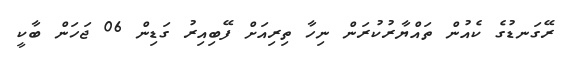
ރޭގަނޑުގެ ކެއުން ތައްޔާރުކުރަން ނިހާ ތިރިއަށް ފޭބިއިރު ގަޑިން 06 ޖަހަން ބާކީ